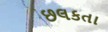
છલકતા